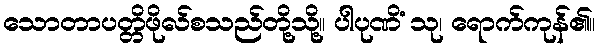
သောတာပတ္တိဖိုလ်စသည်တို့သို့။ ပါပုဏိံ သု၊ ရောက်ကုန်၏။